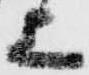
上